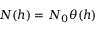
N ( h ) = N _ { 0 } \theta ( h )